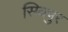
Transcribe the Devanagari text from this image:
सिवपुर